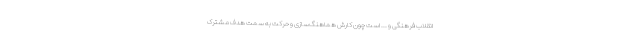
انقلاب فرهنگی و ... است چون کارش هماهنگ‌سازی و حرکت به سمت هدف مشترک